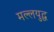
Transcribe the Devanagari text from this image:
मल्लयुद्घ